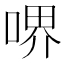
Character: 𠷟